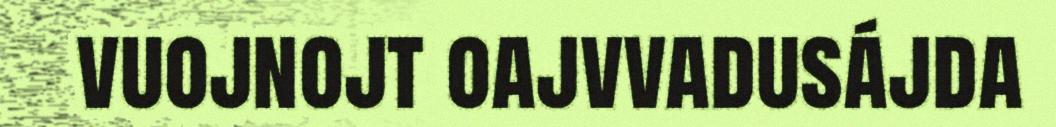
vuojnojt oajvvadusájda